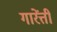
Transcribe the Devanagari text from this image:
गारेंत्ती